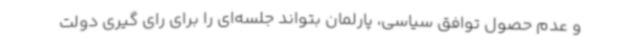
و عدم حصول توافق سیاسی، پارلمان بتواند جلسه‌ای را برای رای گیری دولت